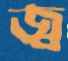
জ্ব